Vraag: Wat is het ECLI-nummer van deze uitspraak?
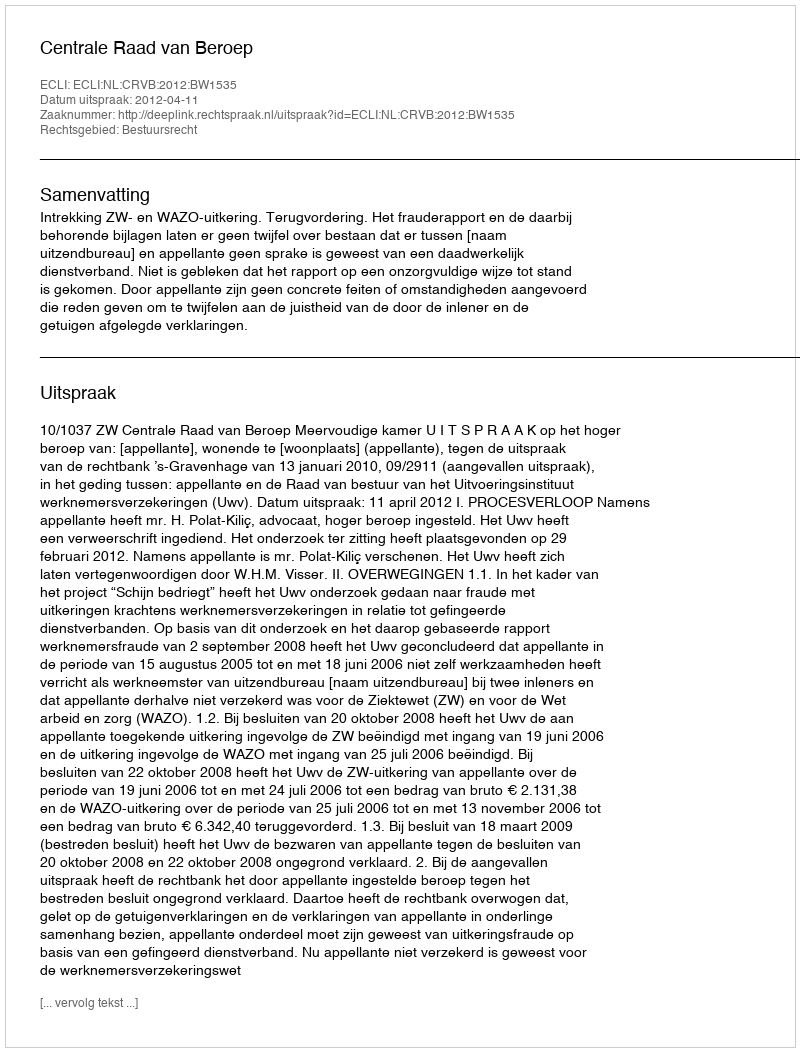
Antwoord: ECLI:NL:CRVB:2012:BW1535